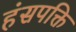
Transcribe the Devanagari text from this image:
हंसपक्ति